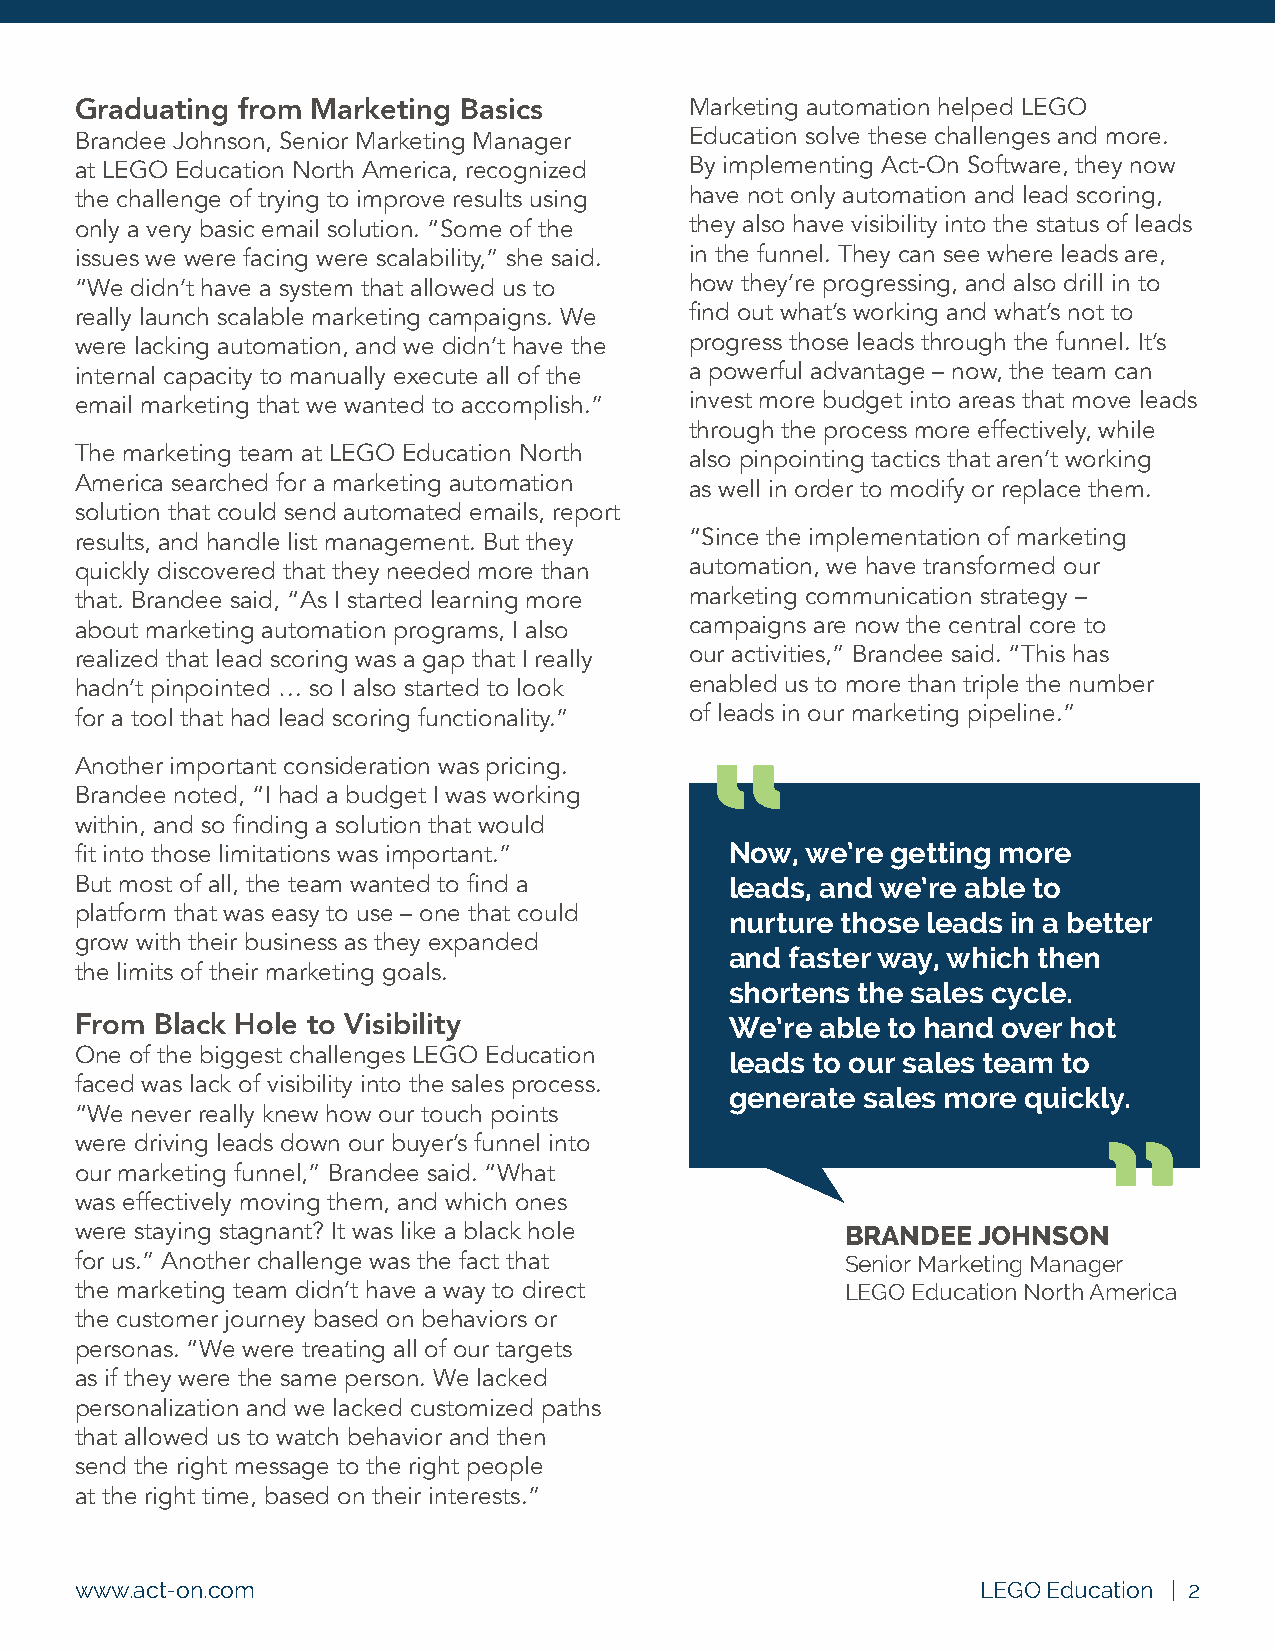
Graduating from Marketing Basics         Marketing automation helped LEGO
 Brandee Johnson, Senior Marketing Manager Education solve these challenges and more.
 at LEGO Education North America, recognized By implementing Act-On Software, they now
 the challenge of trying to improve results using have not only automation and lead scoring,
 only a very basic email solution. “Some of the they also have visibility into the status of leads
 issues we were facing were scalability,” she said. in the funnel. They can see where leads are,
 “We didn’t have a system that allowed us to how they’re progressing, and also drill in to
 really launch scalable marketing campaigns. We find out what’s working and what’s not to
 were lacking automation, and we didn’t have the progress those leads through the funnel. It’s
 internal capacity to manually execute all of the a powerful advantage – now, the team can
 email marketing that we wanted to accomplish.” invest more budget into areas that move leads
 through the process more effectively, while
 The marketing team at LEGO Education North also pinpointing tactics that aren’t working
 America searched for a marketing automation as well in order to modify or replace them.
 solution that could send automated emails, report
 results, and handle list management. But they “Since the implementation of marketing
 quickly discovered that they needed more than automation, we have transformed our
 that. Brandee said, “As I started learning more marketing communication strategy –
 about marketing automation programs, I also campaigns are now the central core to
 realized that lead scoring was a gap that I really our activities,” Brandee said. “This has
 hadn’t pinpointed … so I also started to look enabled us to more than triple the number
 for a tool that had lead scoring functionality.” of leads in our marketing pipeline.”
 Another important consideration was pricing.
 Brandee noted, “I had a budget I was working
 within, and so finding a solution that would
 fit into those limitations was important.” Now, we’re getting more
 But most of all, the team wanted to find a leads, and we’re able to
 platform that was easy to use – one that could
 nurture those leads in a better
 grow with their business as they expanded
 and faster way, which then
 the limits of their marketing goals.
 shortens the sales cycle.
 From Black Hole to Visibility              We’re able to hand over hot
 One of the biggest challenges LEGO Education leads to our sales team to
 faced was lack of visibility into the sales process.
 generate sales more quickly.
 “We never really knew how our touch points
 were driving leads down our buyer’s funnel into
 our marketing funnel,” Brandee said. “What
 was effectively moving them, and which ones
 were staying stagnant? It was like a black hole    BRANDEE  JOHNSON
 for us.” Another challenge was the fact that       Senior Marketing Manager
 the marketing team didn’t have a way to direct     LEGO Education North America
 the customer journey based on behaviors or
 personas. “We were treating all of our targets
 as if they were the same person. We lacked
 personalization and we lacked customized paths
 that allowed us to watch behavior and then
 send the right message to the right people
 at the right time, based on their interests.”
 www.act-on.com                                              LEGO Education | 2